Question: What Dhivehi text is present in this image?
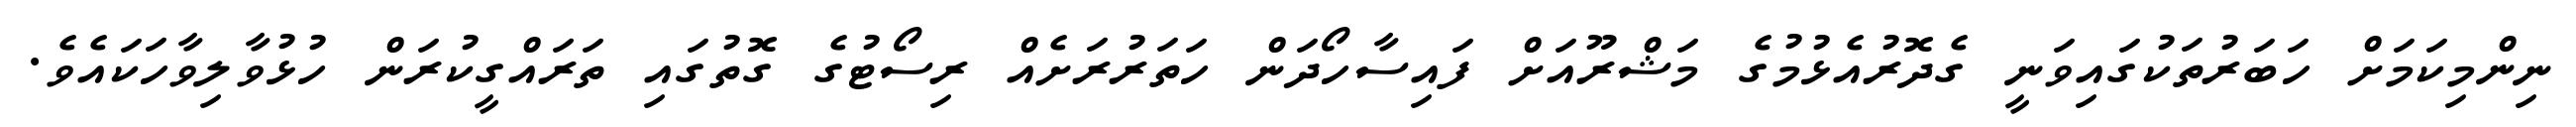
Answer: ނިންމިކަމަށް ހަބަރުތަކުގައިވަނީ ގެދޮރުއެޅުމުގެ މަޝްރޫއަށް ފައިސާހޯދަން ހަތަރުރަށެއް ރިސޯޓުގެ ގޮތުގައި ތަރައްގީކުރަން ހުޅުވާލިވާހަކައެވެ.